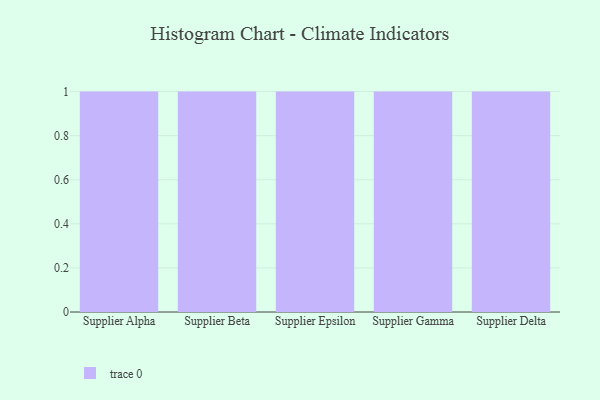
{"axis": {"x": "Supplier", "y": "Headcount"}, "legend": [""], "data": [{"x": "Supplier Alpha", "y": 92, "type": ""}, {"x": "Supplier Beta", "y": 17, "type": ""}, {"x": "Supplier Epsilon", "y": 99, "type": ""}, {"x": "Supplier Gamma", "y": 14, "type": ""}, {"x": "Supplier Delta", "y": 93, "type": ""}]}